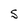
Character: S